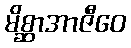
မိစ္ဆာအာဇီဝေ